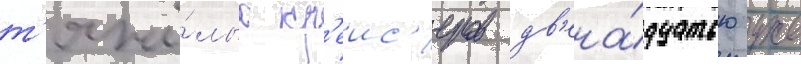
т'яжё́лых кр'еис'еров дв'ена́дцатью уже